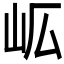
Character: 𭖅